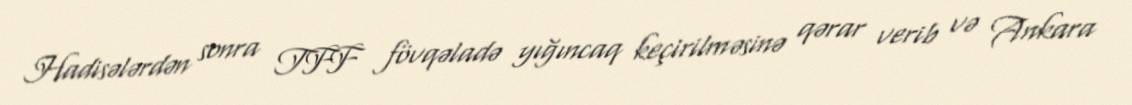
Hadisələrdən sonra TFF fövqəladə yığıncaq keçirilməsinə qərar verib və Ankara